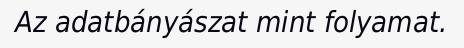
Az adatbányászat mint folyamat.